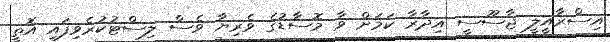
އިސްރާއީލީ ޖާސޫސީ އިދާރާ ކަމަށް ވާ މޮސާޑުގެ ވެރިޔާ ވެސް ލިސްޓުކުރެވިފައި އޮތީ